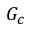
G _ { c }